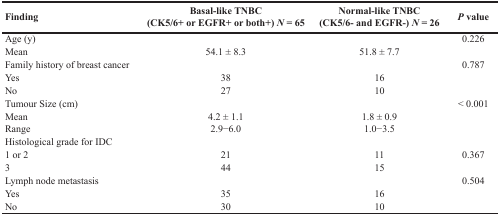
<table><thead><tr><td><b>Finding</b></td><td><b>Basal-like TNBC (CK5/6+ or EGFR+ or both+) <i>N</i> = 65</b></td><td><b>Normal-like TNBC (CK5/6- and EGFR-) <i>N</i> = 26</b></td><td><b><i>P</i> value</b></td></tr></thead><tbody><tr><td>Age (y)</td><td></td><td></td><td>0.226</td></tr><tr><td>Mean</td><td>54.1 ± 8.3</td><td>51.8 ± 7.7</td><td></td></tr><tr><td>Family history of breast cancer</td><td></td><td></td><td>0.787</td></tr><tr><td>Yes</td><td>38</td><td>16</td><td></td></tr><tr><td>No</td><td>27</td><td>10</td><td></td></tr><tr><td>Tumour Size (cm)</td><td></td><td></td><td>&lt; 0.001</td></tr><tr><td>Mean</td><td>4.2 ± 1.1</td><td>1.8 ± 0.9</td><td></td></tr><tr><td>Range</td><td>2.9−6.0</td><td>1.0−3.5</td><td></td></tr><tr><td>Histological grade for IDC</td><td></td><td></td><td></td></tr><tr><td>1 or 2</td><td>21</td><td>11</td><td>0.367</td></tr><tr><td>3</td><td>44</td><td>15</td><td></td></tr><tr><td>Lymph node metastasis</td><td></td><td></td><td>0.504</td></tr><tr><td>Yes</td><td>35</td><td>16</td><td></td></tr><tr><td>No</td><td>30</td><td>10</td><td></td></tr></tbody></table>